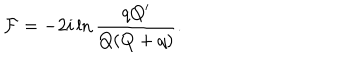
{ \cal F } = - 2 i \ln \frac { q Q ^ { \prime } } { Q ( Q + q ) } .